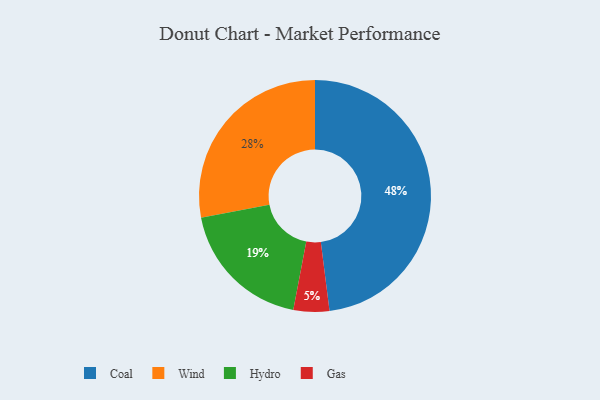
{"axis": {"x": "Category", "y": "Percentage"}, "legend": ["Coal", "Gas", "Hydro", "Wind"], "data": [{"x": "Coal", "y": 48, "type": "Coal"}, {"x": "Hydro", "y": 19, "type": "Hydro"}, {"x": "Wind", "y": 28, "type": "Wind"}, {"x": "Gas", "y": 5, "type": "Gas"}]}